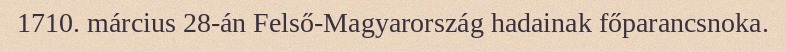
1710. március 28-án Felső-Magyarország hadainak főparancsnoka.